Report on sanitation, dispensaries, and jails in Rajputana for 1914, and on vaccination for the year 1914-1915 - 1914-1915
Year: 1914
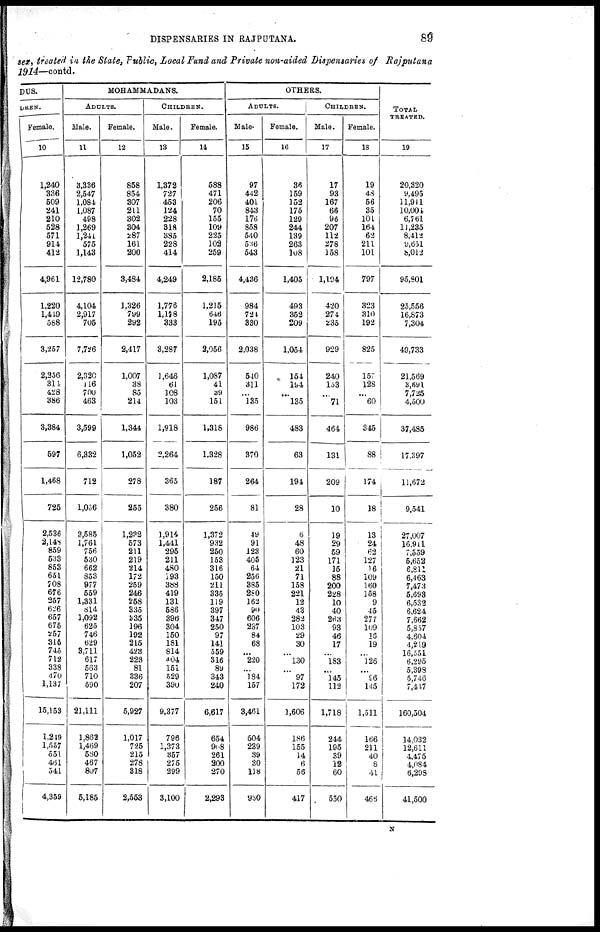
DISPENSARIES IN RAJPUTANA.
89
sex, treated in the State, Public, Local Fund and Private non-aided Dispensaries of Rajputana
1914—contd.
DUS.
DREN.
Female.
10
1,240
336
509
241
210
528
571
914
412
4,961
1,220
1,449
588
3,257
2,256
314
428
386
3,384
597
1,468
725
2,536
2,148
859
533
853
651
708
676
257
626
657
675
257
315
745
712
338
470
1,137
15,153
1,249
1,557
551
461
541
4,359
MOHAMMADANS.
ADULTS.
Male.
11
3,336
2,547
1,084
1,087
498
1,269
l,241
575
1,143
12,780
4,104
2,917
705
7,726
2,320
116
700
463
3,599
6,332
712
1,056
3,585
1,761
756
530
662
853
977
559
1,331
814
1,092
625
746
629
3,711
617
563
710
590
21,111
1,862
1,469
580
467
807
5,185
Female.
12
858
854
307
211
302
304
287
161
200
3,484
1,326
799
292
2,417
1,007
38
85
214
1,344
1,052
278
255
1,232
573
211
219
214
172
259
246
258
335
335
196
192
215
423
223
81
336
207
5,927
1,017
725
215
278
318
2,553
CHILDREN.
Male.
13
1,372
727
453
124
228
318
385
228
414
4,249
1,776
1,178
333
3,287
1,646
61
108
103
1,918
2,264
365
380
1,914
1,441
295
211
480
193
388
419
131
586
396
304
150
181
814
404
151
529
390
9,377
796
1,373
357
275
299
3,100
Female.
14
588
471
206
70
155
109
225
102
259
2,185
1,215
646
195
2,056
1,087
41
39
151
1,318
1,328
187
256
1,372
932
250
153
316
150
211
335
119
397
347
250
97
141
559
316
89
343
240
6,617
654
908
261
200
270
2,293
OTHERS.
ADULTS.
Male.
15
97
442
401
843
176
858
540
536
543
4,436
984
724
330
2,038
540
311
...
135
986
370
264
81
49
91
123
405
64
256
385
280
162
90
606
237
84
68
...
220
...
184
157
3,461
504
239
39
30
118
930
Female.
16
36
159
152
175
129
244
139
263
108
1,405
493
352
209
1,054
154
194
...
135
483
63
194
28
6
48
60
123
21
71
158
221
12
43
282
103
29
30
...
130
...
97
172
1,606
186
155
14
6
56
417
CHILDREN.
Male.
17
17
93
167
66
96
207
112
278
158
1,194
420
274
235
929
240
153
...
71
464
131
209
10
19
29
59
171
15
88
200
228
10
40
263
93
46
17
...
183
...
145
112
1,718
244
195
39
12
60
550
Female.
18
19
48
56
35
101
164
62
211
101
797
323
310
192
825
157
128
...
60
345
88
174
18
13
24
62
127
16
109
160
158
9
45
277
109
16
19
...
126
...
96
145
1,511
166
211
40
8
41
466
TOTAL
TREATED.
19
20,320
9,495
11,911
10,004
6,761
11,235
8,412
9,651
8,012
95,801
25,556
16,873
7,304
49,733
21,569
3,961
7,725
4,500
37,485
17,397
11,672
9,541
27,007
16,911
7,559
5,652
6,811
6,463
7,473
5,693
6,532
6,624
7,662
5,837
4,604
4,219
16,551
6,295
5,398
5,746
7,447
160,504
14,032
12,611
4,475
4,084
6,298
41,500
N